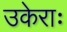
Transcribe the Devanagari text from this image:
उकेराः